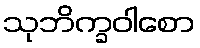
သုဘိက္ခဝါစော